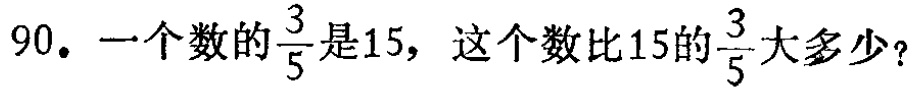
90. 一个数的$\frac{3}{5}$是15，这个数比15的$\frac{3}{5}$大多少?